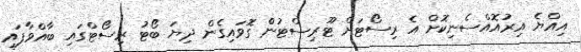
އިއްޔެ އިރުއޮއްސެނިކޮށް އެ ރިސޯޓަށް ޓޫރިސްޓުންް ގޮވައިގެން ދިޔަ ބޯޓު ރިސޯޓްގައި ބާއްވާފައި